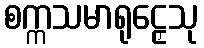
စက္ကသမာရုဠှေသု